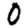
Digit: 0